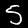
Digit: 5